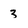
Character: 3